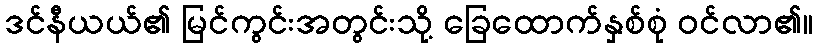
ဒင်နီယယ်၏ မြင်ကွင်းအတွင်းသို့ ခြေထောက်နှစ်စုံ ဝင်လာ၏။